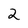
Character: 2